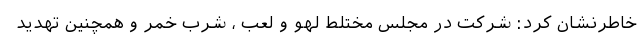
خاطرنشان کرد: شرکت در مجلس مختلط لهو و لعب ، شرب خمر و همچنین تهدید